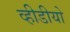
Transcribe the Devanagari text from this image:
व्हीडीयो